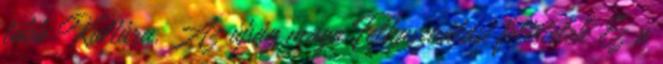
több Kultúra. Az újság maga Felhasználási feltételek Ez a